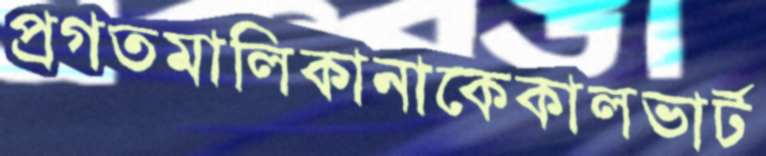
প্রগতমালিকানাকেকালভার্ট